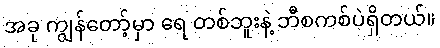
အခု ကျွန်တော့်မှာ ရေ တစ်ဘူးနဲ့ ဘီစကစ်ပဲရှိတယ်။